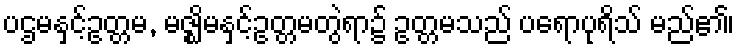
ပဌမနှင့်ဥတ္တမ, မဇ္ဈိမနှင့်ဥတ္တမတွဲရာ၌ ဥတ္တမသည် ပရောပုရိသ် မည်၏၊